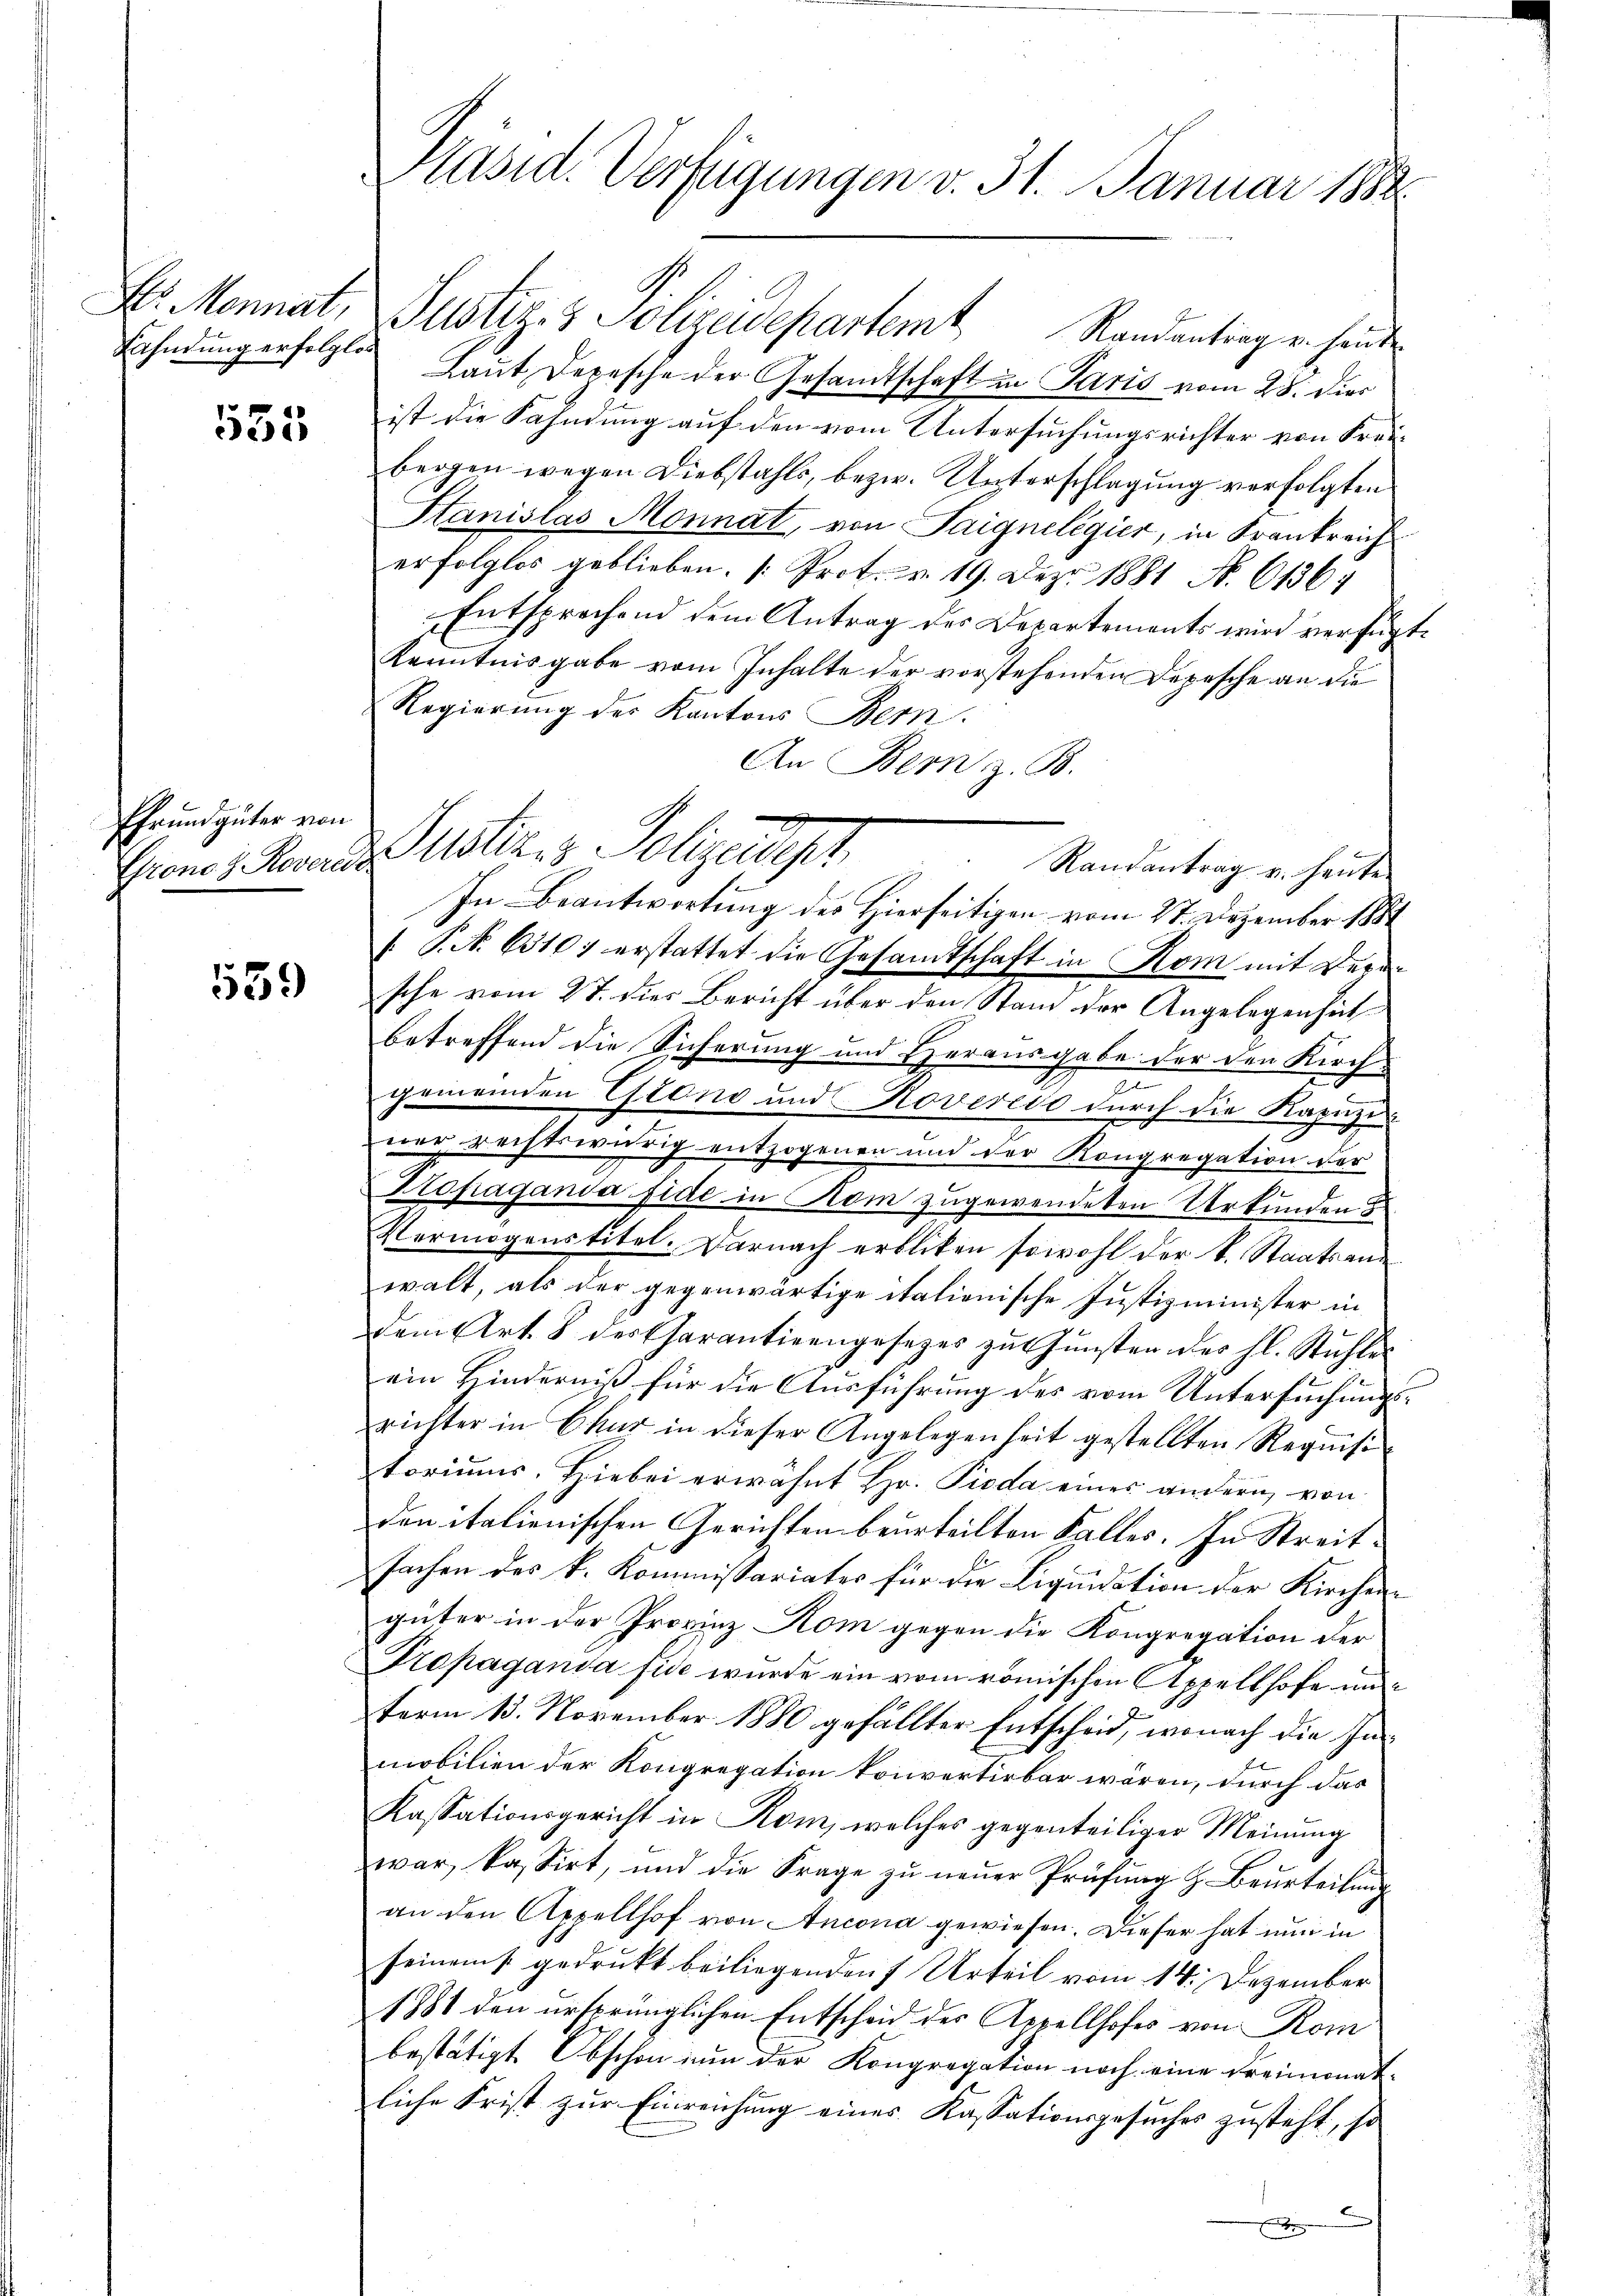
Fahndung erfolglos

535

Pfrundgüter von

559)

Pasid. Verfügungen v. 31. Januar 1882

E. Mennat, Justiz- & Polizeidepartemt Randantrag u. heut
Laut Depesche der Gesandtschaft in Paris vom 28. dies
ist die Fahndung auf den vom Untersuchungsrichter von Fraubergen wegen Diebstahls, bezw. Unterschlagung verfolgten
Stanislas Monnat, von Saigneligier, in Krankreich
erfolglos geblieben. Prot. v. 19. Dez. 1881 No. 6136)
Entsprechend dem Antrag der Departements wird verfügt.
Kenntnisgabe vom Inhalte der vorstehenden Depesche an die
Regierung des Kantons Bern.
An Bern z. B.
In Beantwortung des Hierseitigen vom 27. Dezember 1881
/. P. N. 6310; erstattet die Gesamtschaft in Rom mit Depusche vom 27. dies Bericht über den Stand der Angelegenheit
betreffend die Sicherung und Herausgabe der den Kirchgemeinden Grono und Noveredo durch die Kapuzi
ner rechtswürig entzogenen und der Kongregation der
Kropaganda fide in Kom zugewendeten Urkunden s
Vermögenstitel. Darnach erblicken sowohl der k. Staatsan
walt, als der gegenwärtige italienische Justizminister in
dem Art. 8 des Charantieengesezes zu Gunsten des hl. Stühle
ein Kinderniß für die Ausführung des vom Untersuchungsrichter in Chur in dieser Angelegenheit gestellten Requisi
toriums. Hiebei erwähnt Hr. Pioda eines ändern von
den italienischen Gerichten beurteilten Falles. In Streitsachen des k. Kommissariater für die Liquidation der Kirchengüter in der Provinz Rom gegen die Kongregation der
Tropaganda fide wurde ein vom römischen Appellhofe un
term 13. November 1880 gefällter Entscheid, wonach die In-
mobilien der Kongregation konvertirbar wären, durch das
Kassationsgericht in Rom, welches gegenteiliger Meinung
war, kassirt, und die Frage zŭ neŭer Prüfŭng z. Beurteilŭng
an den Appellhof von Ancona gewiesen. Dieser hat nun in
seinem gedrukt beiliegenden Urteil vom 14. Dezember
1881 den ursprünglichen Entscheid des Aepellhofes von Kom
bestätigt Obschon um der Kongregation noch eine Freimonatliche Frist zur Einreichung eines Kassationsgesuches zusteht, so
A

Grone, Parads ustiz- & Polizeidept
Randantrag u. heute